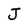
Character: J